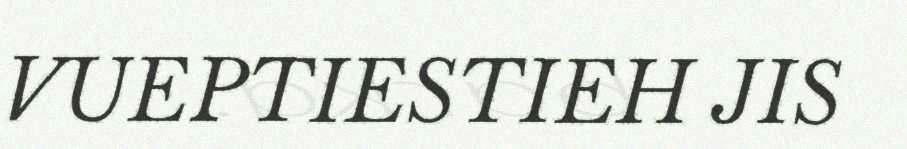
VUEPTIESTIEH JIS